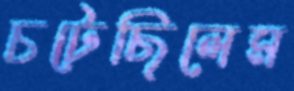
চটেছিলেম